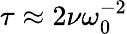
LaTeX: \tau\approx 2\nu\omega_{0}^{-2}